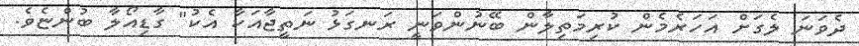
ދެވަނަ ލެގަށް އަހަރެމެން ކުރިމަތިލާން ބޭނުންވަނީ ރަނގަޅު ނަތީޖާއަކާ އެކު" ގާޑިއޯލާ ބުންޏެވެ.